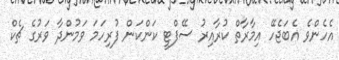
އެހެންވެ އެބަޖެހޭ އިމާރާތް ކުރާއިރު ސޭފްޓީ ކަންކަން ފުރިހަމަ ވަމުންދާ ވަރުގެ ޗެކް